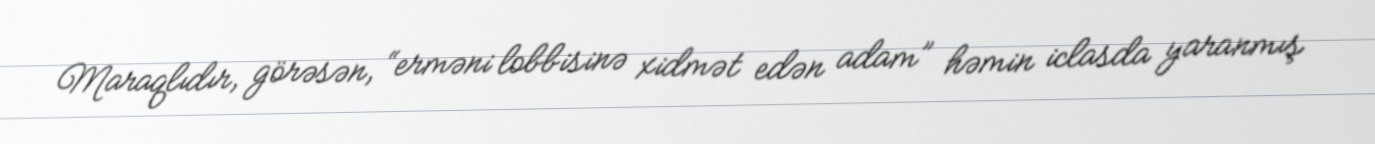
Maraqlıdır, görəsən, “erməni lobbisinə xidmət edən adam” həmin iclasda yaranmış